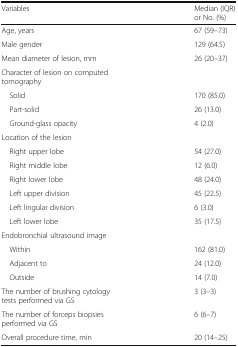
<table><thead><tr><td><b>Variables</b></td><td><b>Median (IQR) or No. (%)</b></td></tr></thead><tbody><tr><td>Age, years</td><td>67 (59–73)</td></tr><tr><td>Male gender</td><td>129 (64.5)</td></tr><tr><td>Mean diameter of lesion, mm</td><td>26 (20–37)</td></tr><tr><td>Character of lesion on computed tomography</td><td></td></tr><tr><td> Solid</td><td>170 (85.0)</td></tr><tr><td> Part-solid</td><td>26 (13.0)</td></tr><tr><td> Ground-glass opacity</td><td>4 (2.0)</td></tr><tr><td>Location of the lesion</td><td></td></tr><tr><td> Right upper lobe</td><td>54 (27.0)</td></tr><tr><td> Right middle lobe</td><td>12 (6.0)</td></tr><tr><td> Right lower lobe</td><td>48 (24.0)</td></tr><tr><td> Left upper division</td><td>45 (22.5)</td></tr><tr><td> Left lingular division</td><td>6 (3.0)</td></tr><tr><td> Left lower lobe</td><td>35 (17.5)</td></tr><tr><td>Endobronchial ultrasound image</td><td></td></tr><tr><td> Within</td><td>162 (81.0)</td></tr><tr><td> Adjacent to</td><td>24 (12.0)</td></tr><tr><td> Outside</td><td>14 (7.0)</td></tr><tr><td>The number of brushing cytology tests performed via GS</td><td>3 (3–3)</td></tr><tr><td>The number of forceps biopsies performed via GS</td><td>6 (6–7)</td></tr><tr><td>Overall procedure time, min</td><td>20 (14–25)</td></tr></tbody></table>